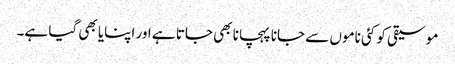
موسیقی کو کئی ناموں سے جانا پہچانا بھی جاتا ہے اور اپنایا بھی گیا ہے۔